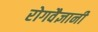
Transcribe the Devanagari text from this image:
रोगवैज्ञानी